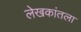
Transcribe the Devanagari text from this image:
लेखकांतला